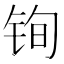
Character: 𫓲